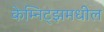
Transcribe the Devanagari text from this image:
केम्निट्झमधील